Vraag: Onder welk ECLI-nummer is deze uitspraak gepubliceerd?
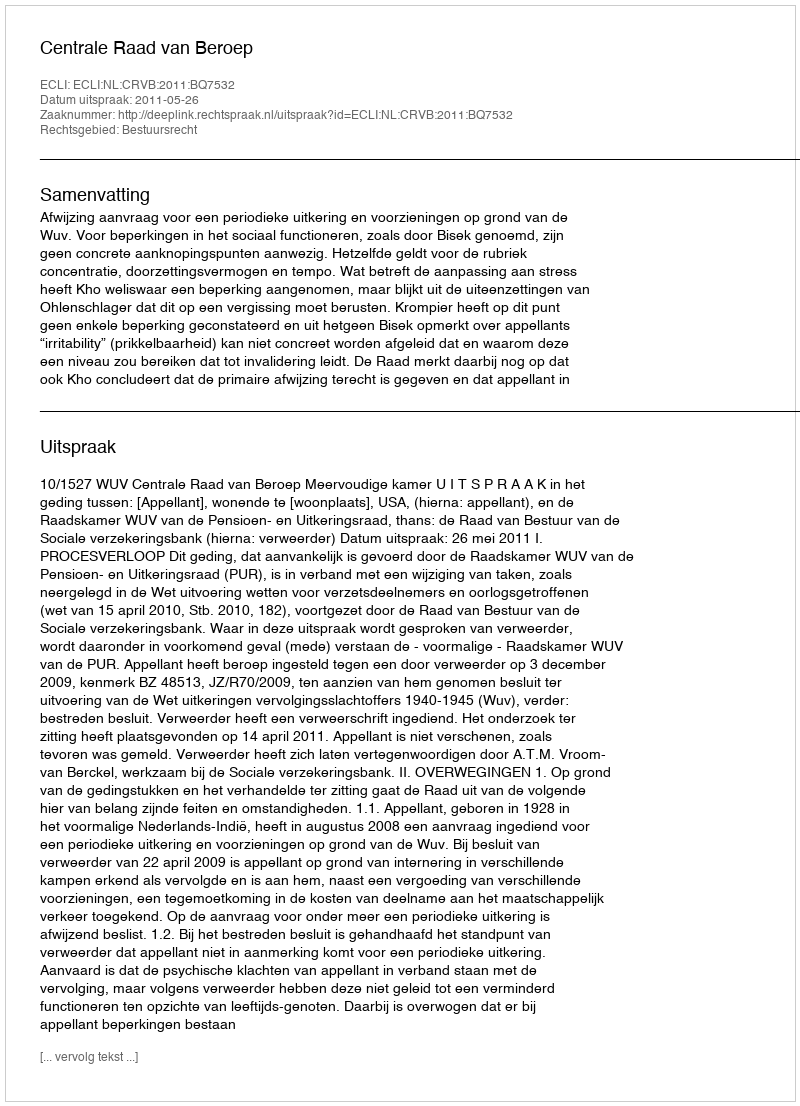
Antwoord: ECLI:NL:CRVB:2011:BQ7532